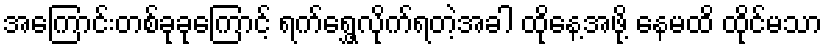
အကြောင်းတစ်ခုခုကြောင့် ရက်ရွှေ့လိုက်ရတဲ့အခါ ထိုနေ့အဖို့ နေမထိ ထိုင်မသာ